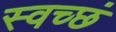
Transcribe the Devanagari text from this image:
स्वच्छं